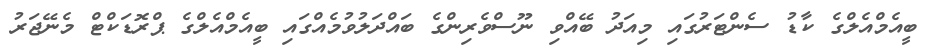
ބީއެމްއެލްގެ ކާޑު ސެންޓަރުގައި މިއަދު ބޭއްވި ނޫސްވެރިންގެ ބައްދަލުވުމެއްގައި ބީއެމްއެލްގެ ޕްރޮޑަކްޓް މެނޭޖަރު